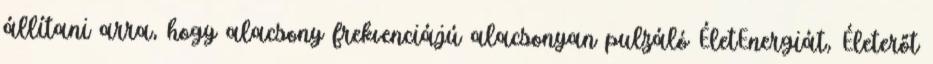
állítani arra, hogy alacsony frekvenciájú alacsonyan pulzáló ÉletEnergiát, Életerőt